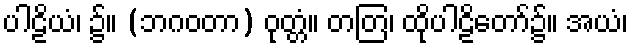
ပါဠိယံ၊ ၌။ (ဘဂဝတာ) ဝုတ္တံ။ တတြ၊ ထိုပါဠိတော်၌။ အယံ၊